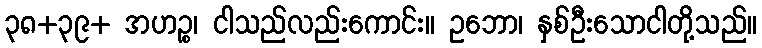
၃၈+၃၉+ အဟဉ္စ၊ ငါသည်လည်းကောင်း။ ဥဘော၊ နှစ်ဦးသောငါတို့သည်။